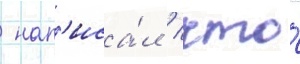
 нап'иса́л / что́